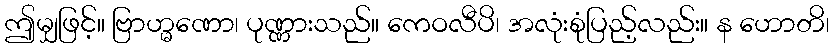
ဤမျှဖြင့်။ ဗြာဟ္မဏော၊ ပုဏ္ဏားသည်။ ကေဝလီပိ၊ အလုံးစုံပြည့်လည်း။ န ဟောတိ၊